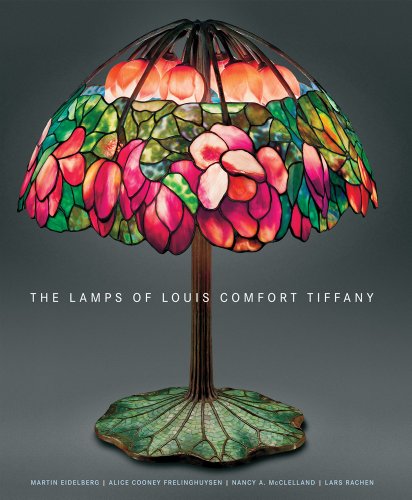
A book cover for The Lamps of Louis Comfort Tiffany: New, smaller format; Martin Eidelberg; Crafts, Hobbies & Home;